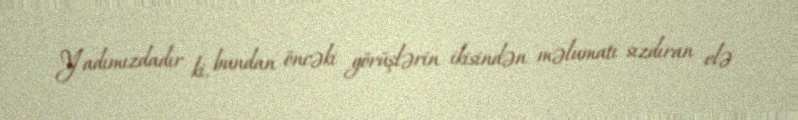
Yadımızdadır ki, bundan öncəki görüşlərin ikisindən məlumatı sızdıran elə